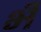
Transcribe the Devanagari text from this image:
भ्‍ी